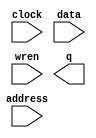
module RocketLocationMap (
	address,
	clock,
	data,
	wren,
	q);

	input	[16:0]  address;
	input	  clock;
	input	[0:0]  data;
	input	  wren;
	output	[0:0]  q;
`ifndef ALTERA_RESERVED_QIS
// synopsys translate_off
`endif
	tri1	  clock;
`ifndef ALTERA_RESERVED_QIS
// synopsys translate_on
`endif

endmodule